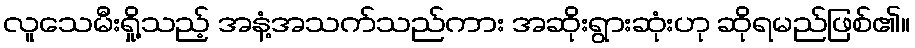
လူသေမီးရှို့သည့် အနံ့အသက်သည်ကား အဆိုးရွားဆုံးဟု ဆိုရမည်ဖြစ်၏။